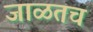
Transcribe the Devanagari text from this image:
जाळतच